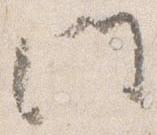
門